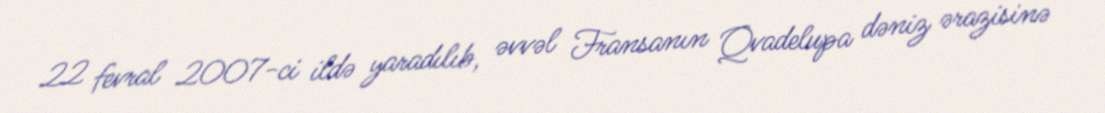
22 fevral 2007-ci ildə yaradılıb, əvvəl Fransanın Qvadelupa dəniz ərazisinə